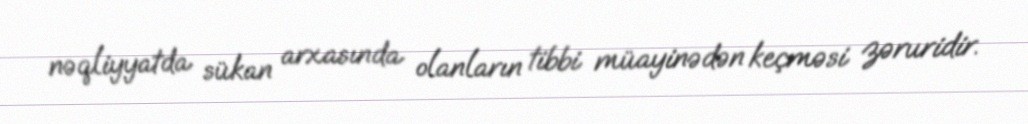
nəqliyyatda sükan arxasında olanların tibbi müayinədən keçməsi zəruridir.